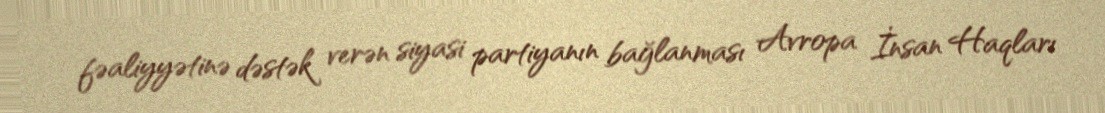
fəaliyyətinə dəstək verən siyasi partiyanın bağlanması Avropa İnsan Haqları